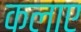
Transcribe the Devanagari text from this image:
कलाए